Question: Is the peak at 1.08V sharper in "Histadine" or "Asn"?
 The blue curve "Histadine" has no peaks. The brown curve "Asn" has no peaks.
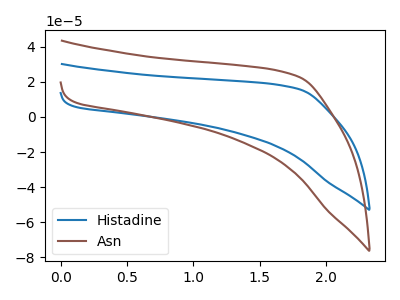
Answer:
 <answer>"Histadine" and "Asn" dont share a peak at 1.08V.</answer>
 <eval>mismatch</eval>